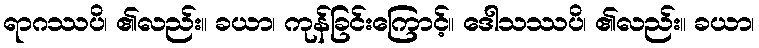
ရာဂဿပိ၊ ၏လည်း။ ခယာ၊ ကုန်ခြင်းကြောင့်။ ဒေါသဿပိ၊ ၏လည်း။ ခယာ၊